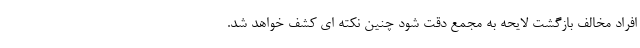
افراد مخالف بازگشت لایحه به مجمع دقت شود چنین نکته ای کشف خواهد شد.